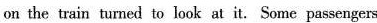
on the train turned to look at it. Some passengers